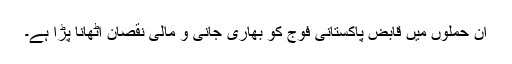
اِن حملوں میں قابض پاکستانی فوج کو بھاری جانی و مالی نقصان اُٹھانا پڑا ہے۔